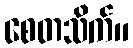
စေတသိက်။